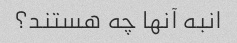
انبه آنها چه هستند؟